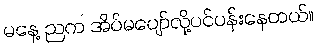
မနေ့ ညက အိပ်မပျော်လို့ပင်ပန်းနေတယ်။